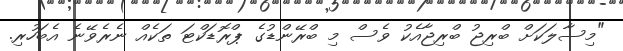
"މިސާލަކަށް ބްރިޖު ބްރިޖާއެކު ވެސް މި ބްރޭންޑުގެ ޕްރޮޑަކްޓަ ތަކެއް ނެރެވޭނެ އެބަހުރި.